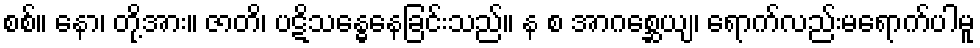
စစ်။ နော၊ တို့အား။ ဇာတိ၊ ပဋိသန္ဓေနေခြင်းသည်။ န စ အာဂစ္ဆေယျ၊ ရောက်လည်းမရောက်ပါမူ